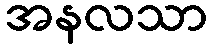
အနလသာ